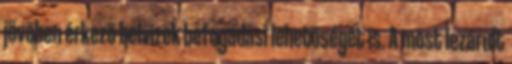
jövõben érkezõ belvizek befogadási lehetõségét is. A most lezárult